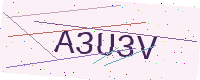
Text: A3U3V